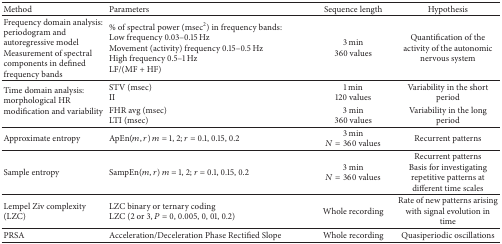
<table><thead><tr><td><b>Method</b></td><td><b>Parameters</b></td><td><b>Sequence length</b></td><td><b>Hypothesis</b></td></tr></thead><tbody><tr><td>Frequency domain analysis: periodogram and autoregressive model Measurement of spectral components in defined frequency bands</td><td>% of spectral power (msec<sup>2</sup>) in frequency bands:Low frequency 0.03–0.15 HzMovement (activity) frequency 0.15–0.5 HzHigh frequency 0.5–1 HzLF/(MF + HF)</td><td>3 min360 values</td><td>Quantification of the activity of the autonomic nervous system</td></tr><tr><td rowspan="2">Time domain analysis: morphological HR modification and variability</td><td>STV (msec)II</td><td>1 min120 values</td><td>Variability in the short period</td></tr><tr><td>FHR avg (msec)LTI (msec)</td><td>3 min360 values</td><td>Variability in the long period</td></tr><tr><td>Approximate entropy</td><td>ApEn(<i>m</i>, <i>r</i>) <i>m</i> = 1, 2; <i>r</i> = 0.1, 0.15, 0.2</td><td>3 min<i>N</i> = 360 values</td><td>Recurrent patterns</td></tr><tr><td>Sample entropy</td><td>SampEn(<i>m</i>, <i>r</i>) <i>m</i> = 1, 2; <i>r</i> = 0.1, 0.15, 0.2</td><td>3 min<i>N</i> = 360 values</td><td>Recurrent patterns Basis for investigating repetitive patterns at different time scales</td></tr><tr><td>Lempel Ziv complexity (LZC)</td><td>LZC binary or ternary codingLZC (2 or 3, <i>P</i> = 0, 0.005, 0, 01, 0.2)</td><td>Whole recording</td><td>Rate of new patterns arising with signal evolution in time</td></tr><tr><td>PRSA</td><td>Acceleration/Deceleration Phase Rectified Slope</td><td>Whole recording</td><td>Quasiperiodic oscillations</td></tr></tbody></table>